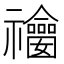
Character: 𥜫